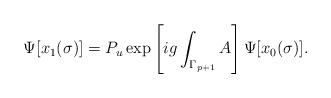
LaTeX: \begin{align*}\Psi[x_1(\sigma)]=P_u \exp\left[ig\int_{\Gamma_{p+1}}A\right]\Psi[x_0(\sigma)].\end{align*}